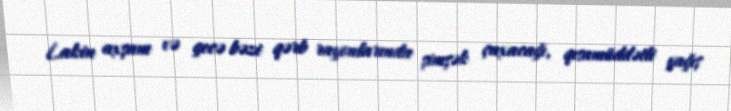
Lakin axşam və gecə bəzi qərb rayonlarında şimşək çaxacağı, qısamüddətli yağış